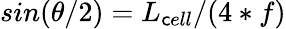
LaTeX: sin(\theta/2)=L_{\mathsf{c}ell}/(4*f)